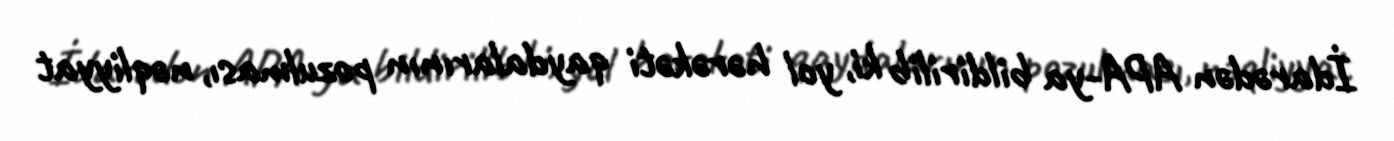
İdarədən APA-ya bildirilib ki, yol hərəkəti qaydalarının pozulması, nəqliyyat